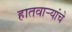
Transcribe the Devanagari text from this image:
हातवार्‍यांचे